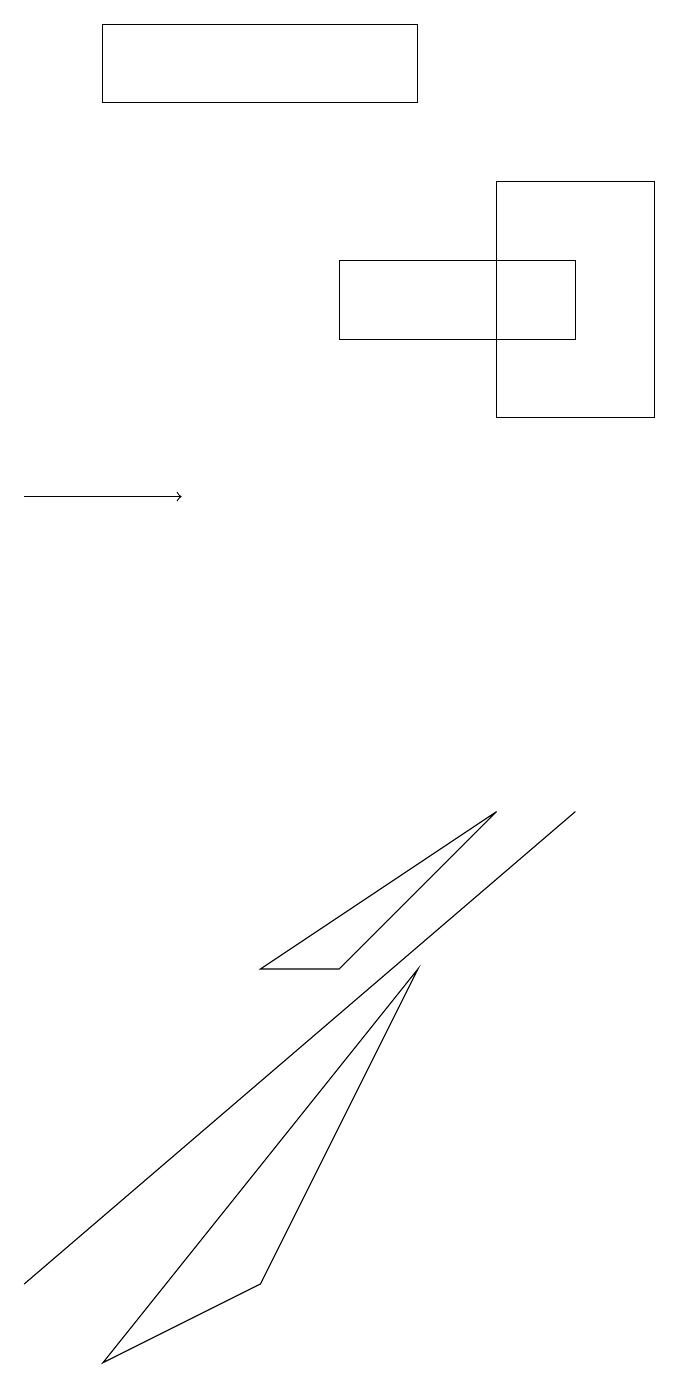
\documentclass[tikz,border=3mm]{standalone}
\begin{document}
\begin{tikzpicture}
\draw (8,7) -- (1,1) -- (8,7) -- cycle;
\draw (6,16) rectangle (2,17);
\draw (8,13) rectangle (5,14);
\draw (6,5) -- (2,0) -- (4,1) -- cycle;
\draw[->] (1,11) -- (3,11);
\draw (7,7) -- (4,5) -- (5,5) -- cycle;
\draw (9,15) rectangle (7,12);
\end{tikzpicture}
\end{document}